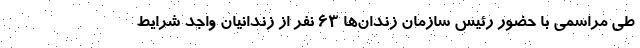
طی مراسمی با حضور رئیس سازمان زندان‌ها ۶۳ نفر از زندانیان واجد شرایط